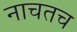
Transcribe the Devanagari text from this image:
नाचतच